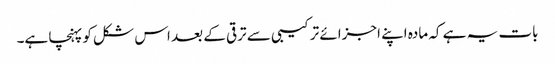
بات یہ ہے کہ مادہ اپنے اجزائے ترکیبی سے ترقی کے بعد اس شکل کو پہنچا ہے۔